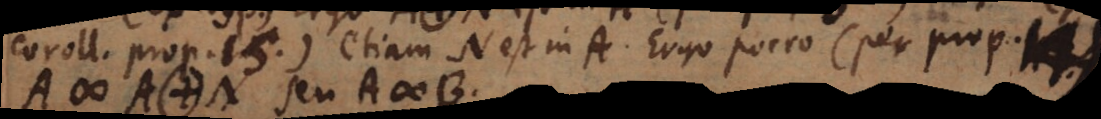
coroll. prop. 15) etiam N est in A. Ergo porro (per prop. 14)